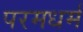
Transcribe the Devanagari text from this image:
परमधर्म